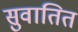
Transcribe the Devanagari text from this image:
सुवातित